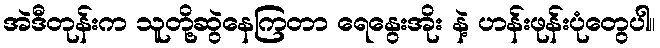
အဲဒီတုန်းက သူတို့ဆွဲနေကြတာ ရေနွေးအိုး နဲ့ ဟန်းဖုန်းပုံတွေပါ။